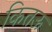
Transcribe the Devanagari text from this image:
कितऊ